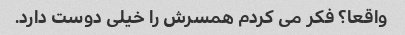
واقعا؟ فکر می کردم همسرش را خیلی دوست دارد.